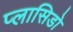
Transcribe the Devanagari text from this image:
प्लासिडो